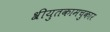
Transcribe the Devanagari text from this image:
श्रीयुतकामचुकार